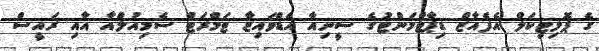
ގެ ޕޮލިޓިކަލް އެފެއާޒް ޑިޕާޓްމަންޓުގެ ސީނިއާ އެޑްވައިޒާ ޓަމްރަޓް ސެމިއުލްއާ އާއި ރައީސް